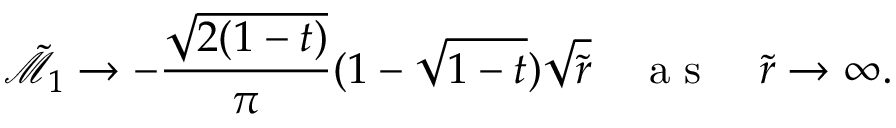
\tilde { \mathcal { M } } _ { 1 } \rightarrow - \frac { \sqrt { 2 ( 1 - t ) } } { \pi } ( 1 - \sqrt { 1 - t } ) \sqrt { \tilde { r } } \quad \mathrm { ~ a ~ s ~ } \quad \tilde { r } \rightarrow \infty .